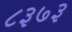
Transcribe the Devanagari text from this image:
८३७३